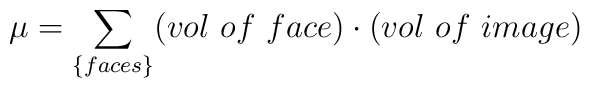
\mu = \sum_{\{faces\}} (vol~of~face ) \cdot (vol~of~image)